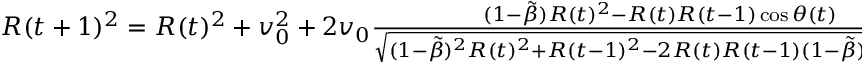
\begin{array} { r } { R ( t + 1 ) ^ { 2 } = R ( t ) ^ { 2 } + v _ { 0 } ^ { 2 } + 2 v _ { 0 } \frac { ( 1 - \tilde { \beta } ) R ( t ) ^ { 2 } - R ( t ) R ( t - 1 ) \cos \theta ( t ) } { \sqrt { ( 1 - \tilde { \beta } ) ^ { 2 } R ( t ) ^ { 2 } + R ( t - 1 ) ^ { 2 } - 2 R ( t ) R ( t - 1 ) ( 1 - \tilde { \beta } ) \cos \theta ( t ) } } . } \end{array}